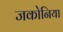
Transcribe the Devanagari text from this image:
जकोनिया